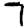
Digit: 7